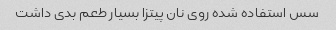
سس استفاده شده روی نان پیتزا بسیار طعم بدی داشت